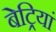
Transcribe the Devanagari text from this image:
बेट्रियां